Vaccination in Burma 1900-1911 - 1900-1911
Year: 1900
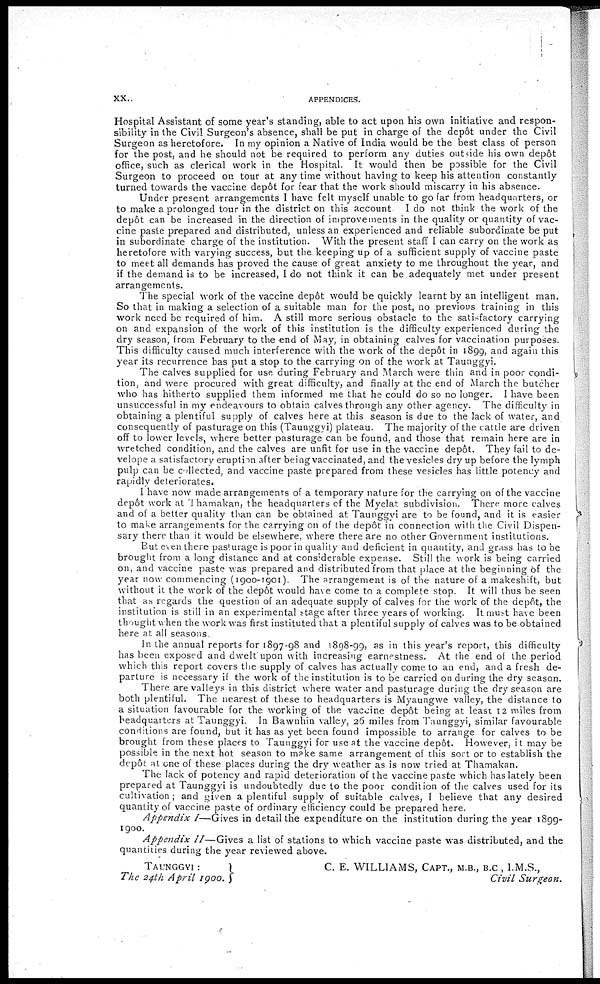
xx.
APPENDICES.
Hospital Assistant of some year's standing, able to act upon his own initiative and respon-
sibility in the Civil Surgeon's absence, shall be put in charge of the depôt under the Civil
Surgeon as heretofore. In my opinion a Native of India would be the best class of person
for the post, and he should not be required to perform any duties outside his own depôt
office, such as clerical work in the Hospital. It would then be possible for the Civil
Surgeon to proceed on tour at any time without having to keep his attention constantly
turned towards the vaccine depôt for fear that the work should miscarry in his absence.
Under present arrangements I have felt myself unable to go far from headquarters, or
to make a prolonged tour in the district on this account I do not think the work of the
depôt can be increased in the direction of improvements in the quality or quantity of vac-
cine paste prepared and distributed, unless an experienced and reliable subordinate be put
in subordinate charge of the institution. With the present staff I can carry on the work as
heretofore with varying success, but the keeping up of a sufficient supply of vaccine paste
to meet all demands has proved the cause of great anxiety to me throughout the year, and
if the demand is to be increased, I do not think it can be adequately met under present
arrangements.
The special work of the vaccine depôt would be quickly learnt by an intelligent man.
So that in making a selection of a suitable man for the post, no previous training in this
work need be required of him. A still more serious obstacle to the satisfactory carrying
on and expansion of the work of this institution is the difficulty experienced during the
dry season, from February to the end of May, in obtaining calves for vaccination purposes.
This difficulty caused much interference with the work of the depôt in 1899, and again this
year its recurrence has put a stop to the carrying on of the work at Taunggyi.
The calves supplied for use during February and March were thin and in poor condi-
tion, and were procured with great difficulty, and finally at the end of March the butcher
who has hitherto supplied them informed me that he could do so no longer. I have been
unsuccessful in my endeavours to obtain calves through any other agency. The difficulty in
obtaining a plentiful supply of calves here at this season is due to the lack of water, and
consequently of pasturage on this (Taunggyi) plateau. The majority of the cattle are driven
off to lower levels, where better pasturage can be found, and those that remain here are in
wretched condition, and the calves are unfit for use in the vaccine depôt. They fail to de-
velope a satisfactory eruption after being vaccinated, and the vesicles dry up before the lymph
pulp can be collected, and vaccine paste prepared from these vesicles has little potency and
rapidly deteriorates.
I have now made arrangements of a temporary nature for the carrying on of the vaccine
depôt work at Thamakan, the headquarters of the Myelat subdivision. There more calves
and of a better quality than can be obtained at Taunggyi are to be found, and it is easier
to make arrangements for the carrying on of the depôt in connection with the Civil Dispen-
sary there than it would be elsewhere, where there are no other Government institutions.
But even there pasturage is poor in quality and deficient in quantity, and grass has to be
brought from a long distance and at considerable expense. Still the work is being carried
on, and vaccine paste was prepared and distributed from that place at the beginning of the
year now commencing (1900-1901). The arrangement is of the nature of a makeshift, but
without it the work of the depôt would have come to a complete stop. It will thus be seen
that as regards the question of an adequate supply of calves for the work of the depôt, the
institution is still in an experimental stage after three years of working. It must have been
thought when the work was first instituted that a plentiful supply of calves was to be obtained
here at all seasons.
In the annual reports for 1897-98 and 1898-99, as in this year's report, this difficulty
has been exposed and dwelt upon with increasing earnestness. At the end of the period
which this report covers the supply of calves has actually come to an end, and a fresh de-
parture is necessary if the work of the institution is to be carried on during the dry season.
There are valleys in this district where water and pasturage during the dry season are
both plentiful. The nearest of these to headquarters is Myaungwe valley, the distance to
a situation favourable for the working of the vaccine depôt being at least 12 miles from
headquarters at Taunggyi. In Bawnhin valley, 26 miles from Taunggyi, similar favourable
conditions are found, but it has as yet been found impossible to arrange for calves to be
brought from these places to Taunggyi for use at the vaccine depôt. However, it may be
possible in the next hot season to make same arrangement of this sort or to establish the
depôt at one of these places during the dry weather as is now tried at Thamakan.
The lack of potency and rapid deterioration of the vaccine paste which has lately been
prepared at Taunggyi is undoubtedly due to the poor condition of the calves used for its
cultivation; and given a plentiful supply of suitable calves, I believe that any desired
quantity of vaccine paste of ordinary efficiency could be prepared here.
Appendix I—Gives in detail the expenditure on the institution during the year 1899-
1900.
Appendix II—Gives a list of stations to which vaccine paste was distributed, and the
quantities during the year reviewed above.
TAUNGGYI :
C. E. WILLIAMS, CAPT., M.B., B.C , I.M.S.,
The 24th April 1900.
Civil Surgeon.